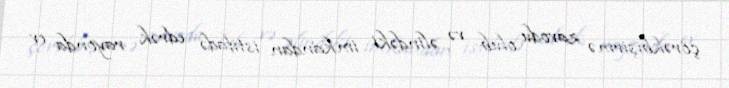
çörəkbişirmə zavodu olub və əlindəki imkandan istifadə edrək rayonda ev